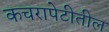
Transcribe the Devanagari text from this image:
कचरापेटीतील